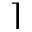
\rceil